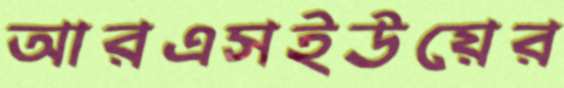
আরএসইউয়ের